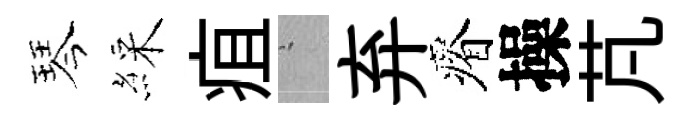
琴綵疽搖弃瘠操芃